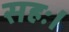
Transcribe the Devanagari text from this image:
सहः।